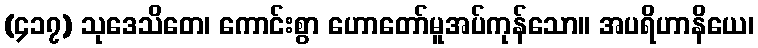
(၄၁၇) သုဒေသိတေ၊ ကောင်းစွာ ဟောတော်မူအပ်ကုန်သော။ အပရိဟာနိယေ၊